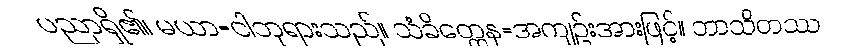
ပညာရှိ၏၊ မယာ=ငါဘုရားသည်။ သံခိတ္တေန=အကျဉ်းအားဖြင့်။ ဘာသိတဿ